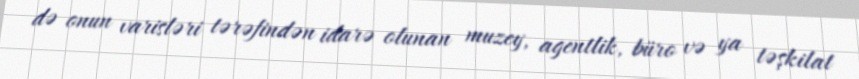
də onun varisləri tərəfindən idarə olunan muzey, agentlik, büro və ya təşkilat